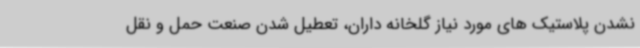
نشدن پلاستیک های مورد نیاز گلخانه داران، تعطیل شدن صنعت حمل و نقل